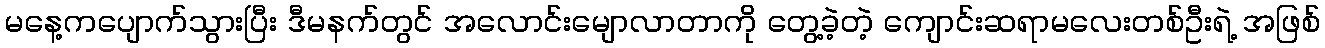
မနေ့ကပျောက်သွားပြီး ဒီမနက်တွင် အလောင်းမျောလာတာကို တွေ့ခဲ့တဲ့ ကျောင်းဆရာမလေးတစ်ဦးရဲ့ အဖြစ်